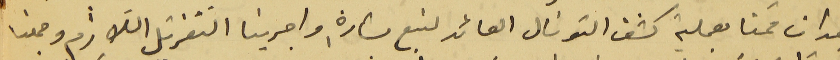
بعد ان قمنا بعملية كشف التونال العائد لنبع بشارة واجرينا التعزيل اللازم وجمعنا